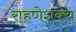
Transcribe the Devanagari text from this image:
राहणेशक्य